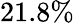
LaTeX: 21.8\%